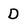
Character: D